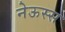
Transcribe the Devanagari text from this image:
नेऊस्स